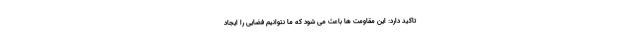
تاکید دارد: این مقاومت ها باعث می شود که ما نتوانیم فضایی را ایجاد